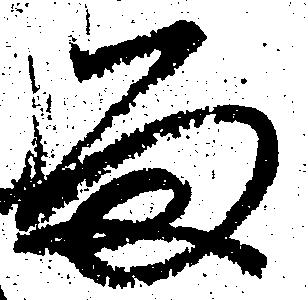
留